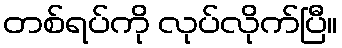
တစ်ရပ်ကို လုပ်လိုက်ပြီ။